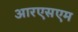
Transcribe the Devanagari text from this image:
आरएसएम